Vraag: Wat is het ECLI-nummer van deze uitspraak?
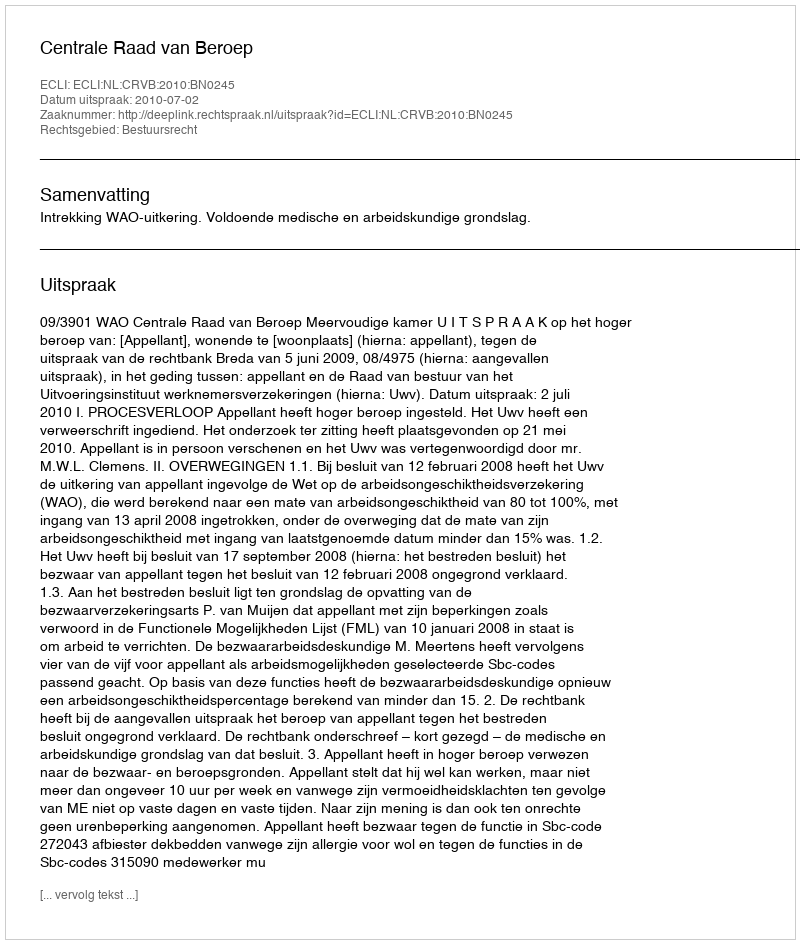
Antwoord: ECLI:NL:CRVB:2010:BN0245